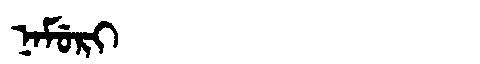
Manchu: ᠨᠠᠮᡠᡵᡳ
Romanization: NAMURI